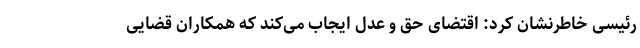
رئیسی خاطرنشان کرد: اقتضای حق و عدل ایجاب می‌کند که همکاران قضایی